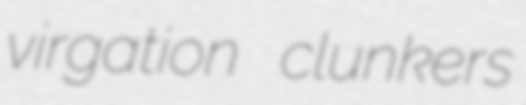
virgation clunkers